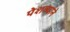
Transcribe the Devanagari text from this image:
पेशव्यांने